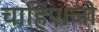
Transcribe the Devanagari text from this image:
चाहिए।जो